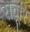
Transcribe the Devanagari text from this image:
रावूरि